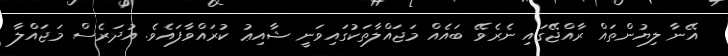
އޭނާ ލިޔުންތައް ރާއްޖޭގައި ނެރެވޭ ބައެއް މަޖައްލާތަކުގައިވަނީ ޝާއިޢު ކުރައްވާފައެވެ. އުދަރެސް މަޖައްލާ